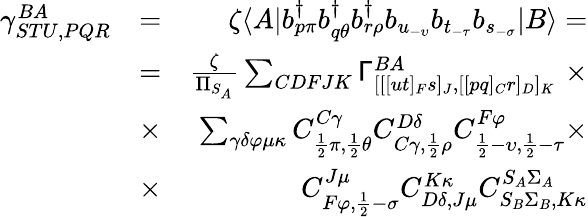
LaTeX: \begin{array}{rlr}{\gamma_{STU,PQR}^{BA}}&{=}&{\zeta\langle A|b_{p\pi}^{\dagger}b_{q\theta}^{\dagger}b_{r\rho}^{\dagger}b_{u_{-\upsilon}}b_{t_{-\tau}}b_{s_{-\sigma}}|B\rangle=}\\ &{=}&{\frac{\zeta}{\Pi_{S_{A}}}\sum_{CDFJK}\mathsf{\Gamma}_{[[[ut]_{F}s]_{J},[[pq]_{C}r]_{D}]_{K}}^{BA}\, \, \times}\\ &{\times}&{\sum_{\gamma\delta\varphi\mu\kappa}C_{\frac{1}{2}\pi,\frac{1}{2}\theta}^{C\gamma}C_{C\gamma,\frac{1}{2}\rho}^{D\delta}C_{\frac{1}{2}-\upsilon,\frac{1}{2}-\tau}^{F\varphi}\times}\\ &{\times}&{C_{F\varphi,\frac{1}{2}-\sigma}^{J\mu}C_{D\delta,J\mu}^{K\kappa}C_{S_{B}\Sigma_{B},K\kappa}^{S_{A}\Sigma_{A}}}\end{array}